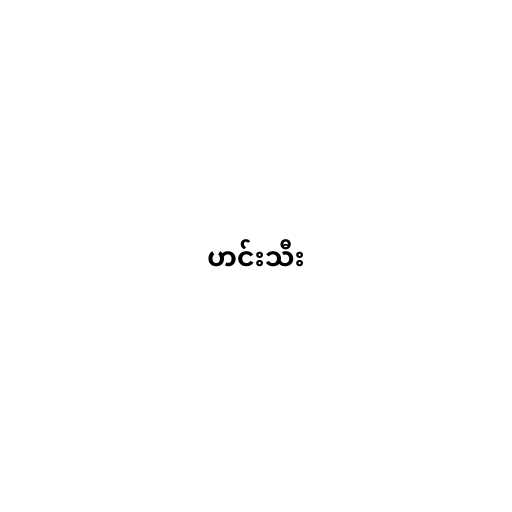
ဟင်းသီး